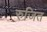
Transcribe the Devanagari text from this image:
रुजित